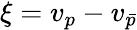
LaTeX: \begin{array}{r}{\xi=v_{p}-v_{\bar{p}}}\end{array}